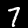
Label: 7